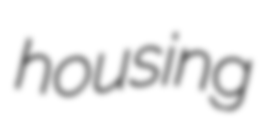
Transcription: housing